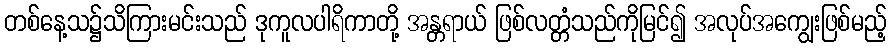
တစ်နေ့သ၌သိကြားမင်းသည် ဒုကူလပါရိကာတို့ အန္တရာယ် ဖြစ်လတ္တံသည်ကိုမြင်၍ အလုပ်အကျွေးဖြစ်မည့်